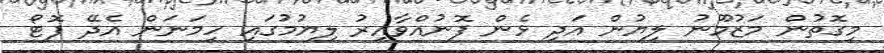
މިގޮތުން މަޒުމޫނު ލިޔުން އަދި ޅެން ފޮނުއްވާއިރު ލިޔުމުގައި ހިމަނަން އެދޭ ފޮޓޯ